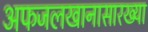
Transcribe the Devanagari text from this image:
अफजलखानासारख्या